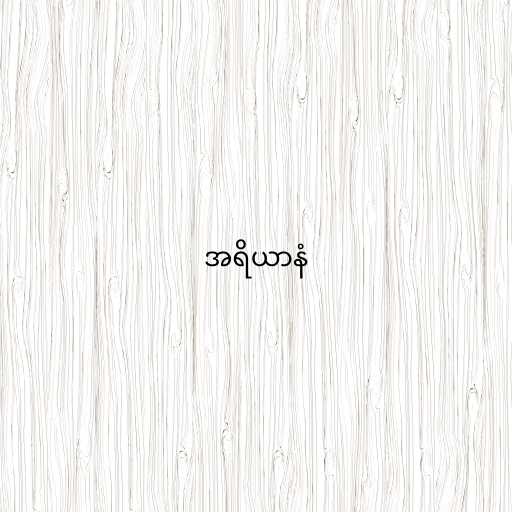
အရိယာနံ